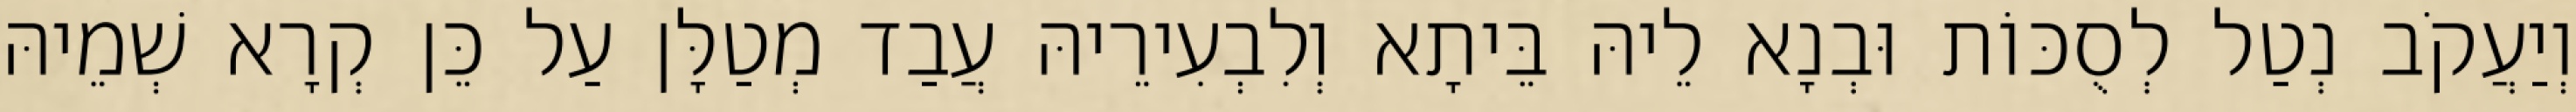
וְיַעֲקֹב נְטַל לְסֻכּוֹת וּבְנָא לֵיהּ בֵּיתָא וְלִבְעִירֵיהּ עֲבַד מְטַלָּן עַל כֵּן קְרָא שְׁמֵיהּ